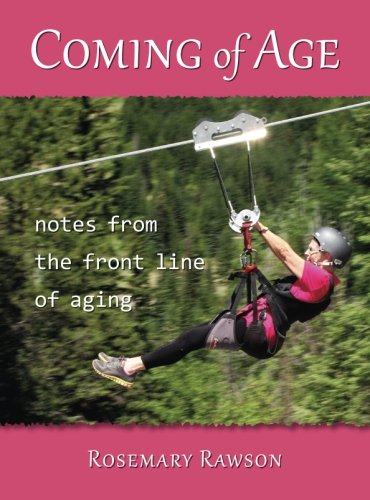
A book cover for Coming of age: notes from the front line of aging; Rosemary Rawson; Health, Fitness & Dieting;